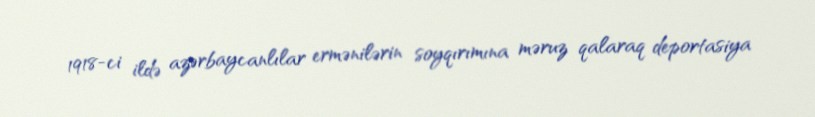
1918-ci ildə azərbaycanlılar ermənilərin soyqırımına məruz qalaraq deportasiya